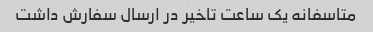
متاسفانه یک ساعت تاخیر در ارسال سفارش داشت